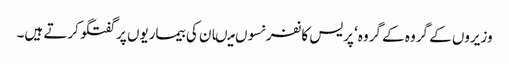
وزیروں کے گروہ کے گروہ‘ پریس کانفرنسوں میںان کی بیماریوں پر گفتگو کرتے ہیں۔